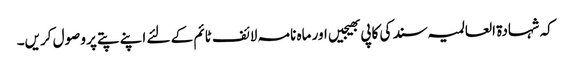
کہ شہادۃ العالمیہ سند کی کاپی بھیجیں اور ماہ نامہ لائف ٹائم کے لئے اپنے پتے پر وصول کریں۔